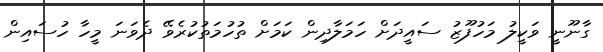
ގާނޫނީ ވަކީލު މަހުފޫޒު ސައީދަށް ހަމަލާދިން ކަމަށް ތުހުމަތުކުރެވޭ ދެވަނަ މީހާ ހުސައިން